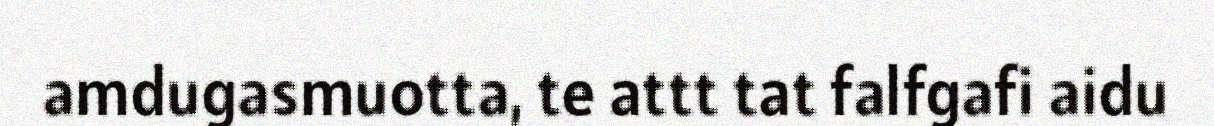
amdugasmuotta, te attt tat falfgafi aidu